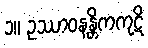
၁။ ဥဿာဝနန္တိကကုဋိ